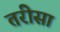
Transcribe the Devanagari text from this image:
तरीसा